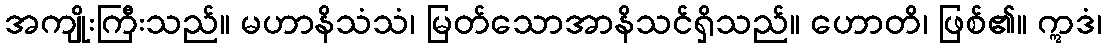
အကျိုးကြီးသည်။ မဟာနိသံသံ၊ မြတ်သောအာနိသင်ရှိသည်။ ဟောတိ၊ ဖြစ်၏။ ဣဒံ၊